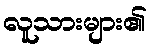
လူသားများ၏